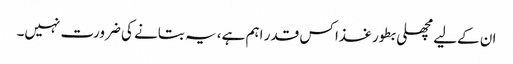
ان کےلیے مچھلی بطور غذا کس قدر اہم ہے، یہ بتانے کی ضرورت نہیں۔